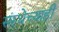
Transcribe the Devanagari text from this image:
संस्थेच्याही